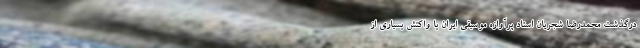
درگذشت محمدرضا شجریان استاد پرآوازه موسیقی ایران با واکنش بسیاری از